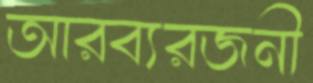
আরব্যরজনী